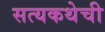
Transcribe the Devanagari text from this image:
सत्यकथेची